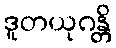
ဒူတယုဂန္တိ